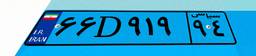
۶۶D۹۱۹۹۴